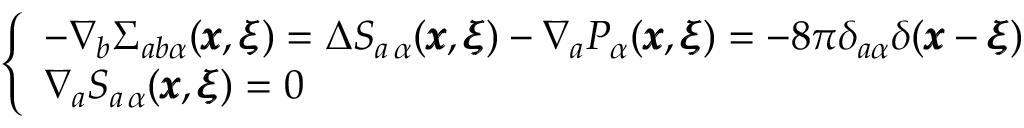
\left\{ \begin{array} { l l } { - \nabla _ { b } \Sigma _ { a b \alpha } ( { \pmb x } , { \pmb \xi } ) = \Delta S _ { a \, \alpha } ( { \pmb x } , { \pmb \xi } ) - \nabla _ { a } P _ { \alpha } ( { \pmb x } , { \pmb \xi } ) = - 8 \pi \delta _ { a \alpha } \delta ( { \pmb x } - { \pmb \xi } ) } \\ { \nabla _ { a } S _ { a \, \alpha } ( { \pmb x } , { \pmb \xi } ) = 0 } \end{array} \right.